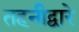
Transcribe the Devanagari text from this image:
तहनीद्वारे